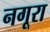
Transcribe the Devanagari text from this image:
नगूरा